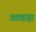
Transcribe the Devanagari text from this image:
आखड़ा